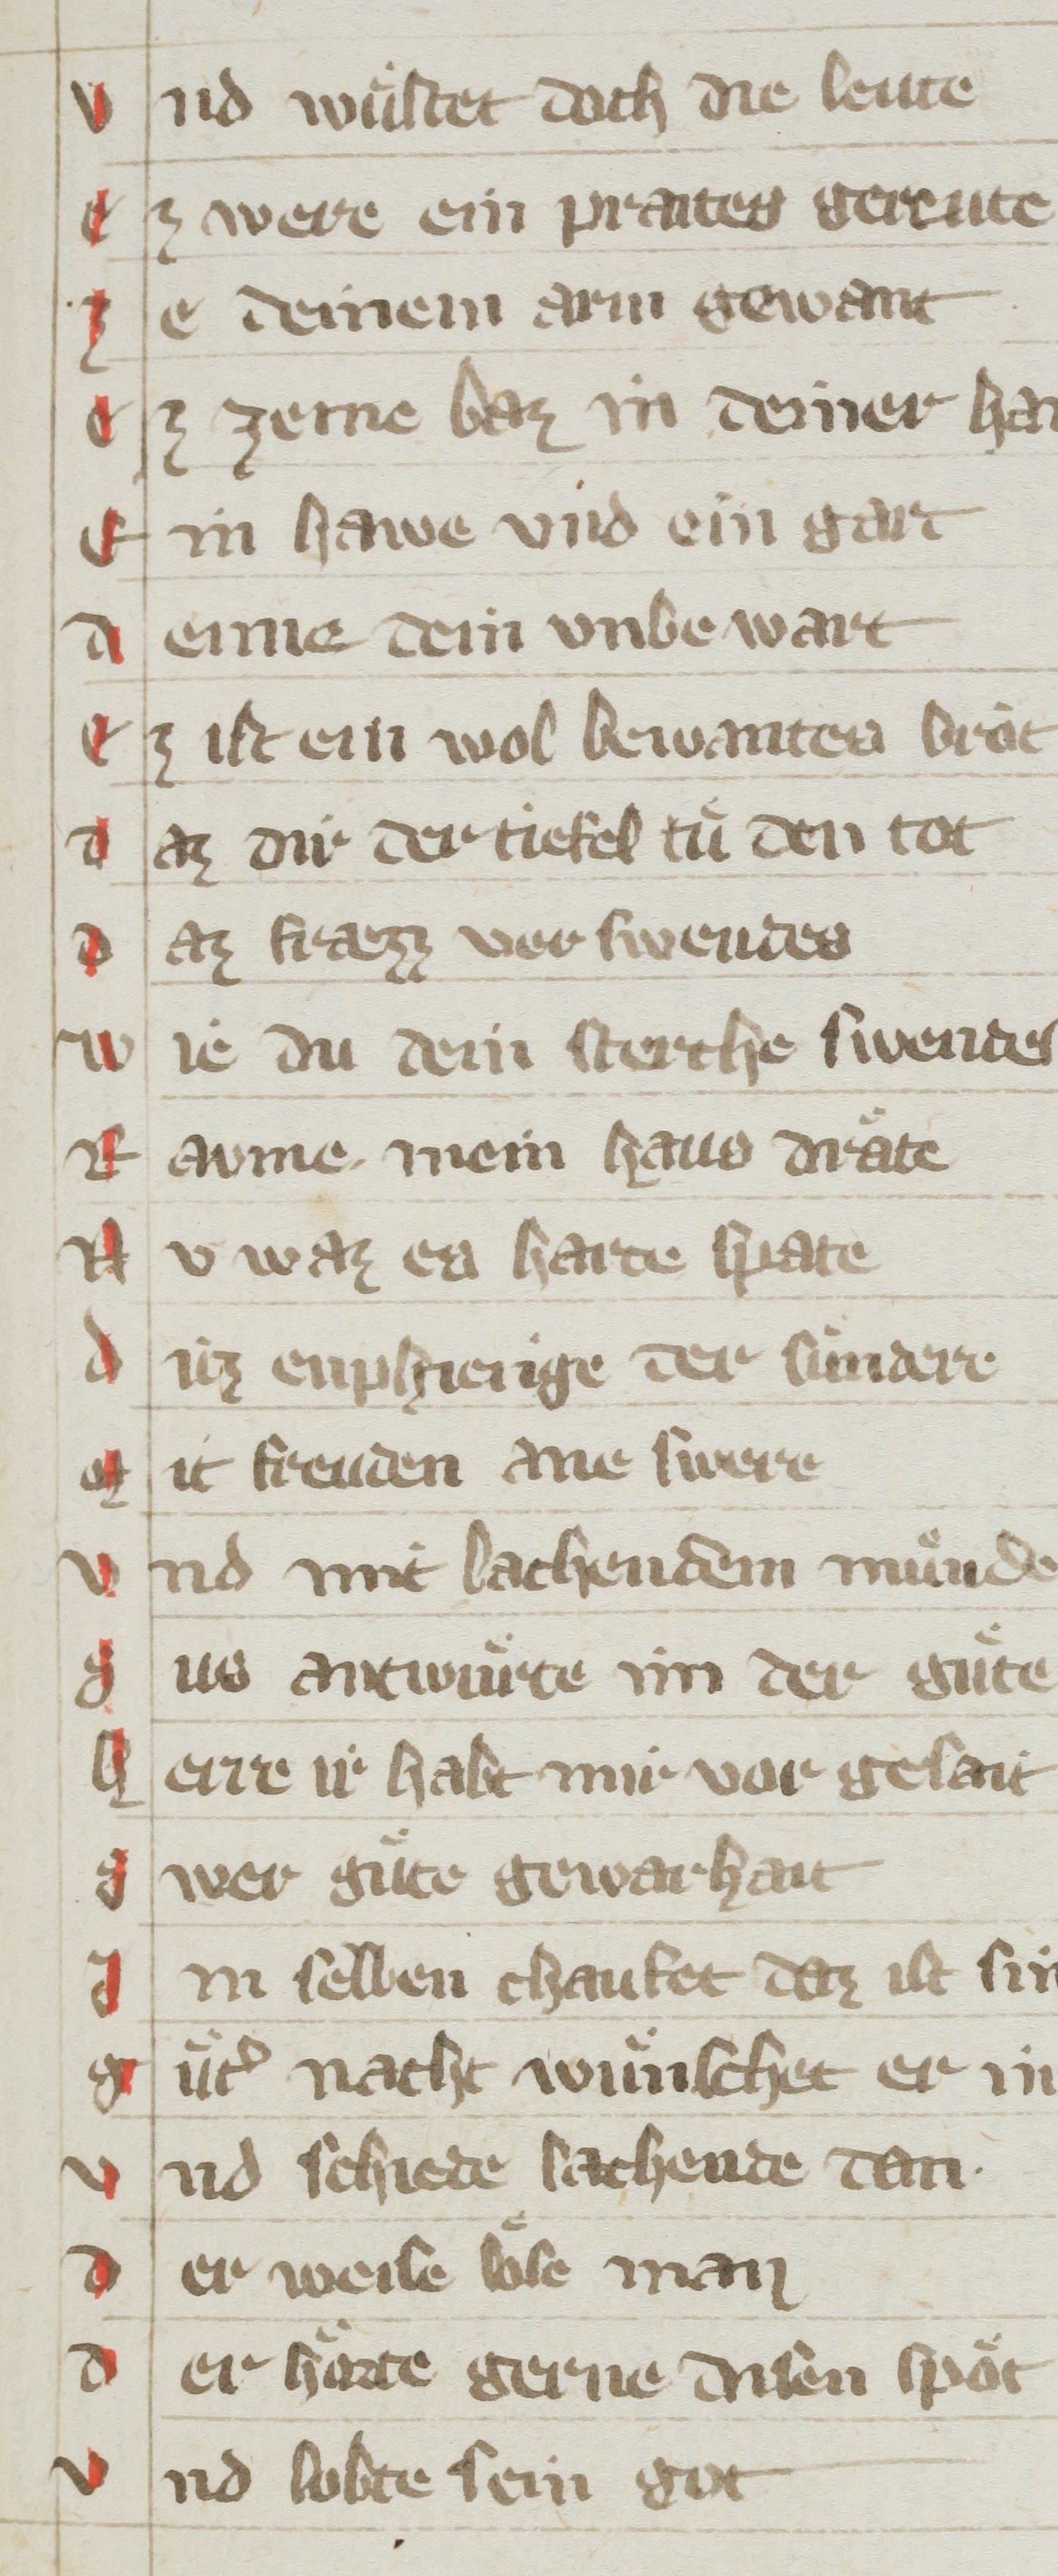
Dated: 1350–1399